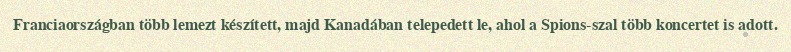
Franciaországban több lemezt készített, majd Kanadában telepedett le, ahol a Spions-szal több koncertet is adott.